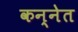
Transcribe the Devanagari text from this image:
कन्नेत